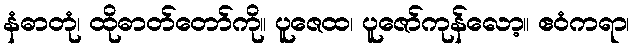
နံဓာတုံ၊ ထိုဓာတ်တော်ကို။ ပူဇေထ၊ ပူဇော်ကုန်လော့။ ဧဝံကရာ၊